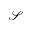
\mathcal { S }